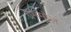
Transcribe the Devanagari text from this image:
ग्रॅममोल